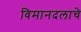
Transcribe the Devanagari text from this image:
विमानदलाचे